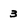
Character: 3